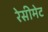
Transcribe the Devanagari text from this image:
रेसीमेट